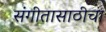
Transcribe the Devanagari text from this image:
संगीतासाठीचा